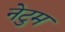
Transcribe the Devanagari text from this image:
नेटुम